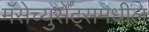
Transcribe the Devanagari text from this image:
मॅसेच्युसेट्समधील